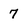
Character: 7